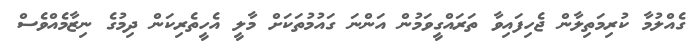
ގެއްލުމާ ކުރިމަތިލާން ޖެހިފައިވާ ތަރައްގީވަމުން އަންނަ ގައުމުތަކަށް މާލީ އެހީތެރިކަން ދިމުގެ ނިޒާމެއްވެސް